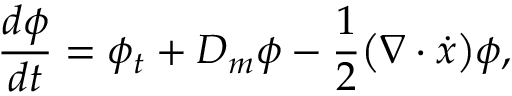
\frac { d \phi } { d t } = \phi _ { t } + D _ { m } \phi - \frac { 1 } { 2 } \big ( \nabla \cdot \dot { x } \big ) \phi ,